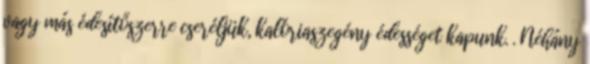
vagy más édesítőszerre cseréljük, kalóriaszegény édességet kapunk. . Néhány